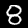
Digit: 8